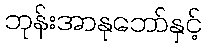
ဘုန်းအာနုဘော်နှင့်